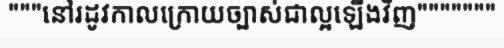
"""នៅរដូវកាលក្រោយច្បាស់ជាល្អឡើងវិញ"""""""